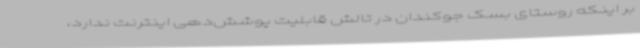
بر اینکه روستای بسک جوکندان در تالش قابلیت پوشش‌دهی اینترنت ندارد،